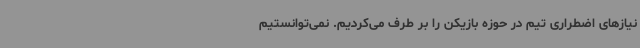
نیازهای اضطراری تیم در حوزه بازیکن را بر طرف می‌کردیم. نمی‌توانستیم